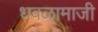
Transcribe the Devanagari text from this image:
धवळामाजी